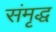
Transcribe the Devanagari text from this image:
संमृद्ध